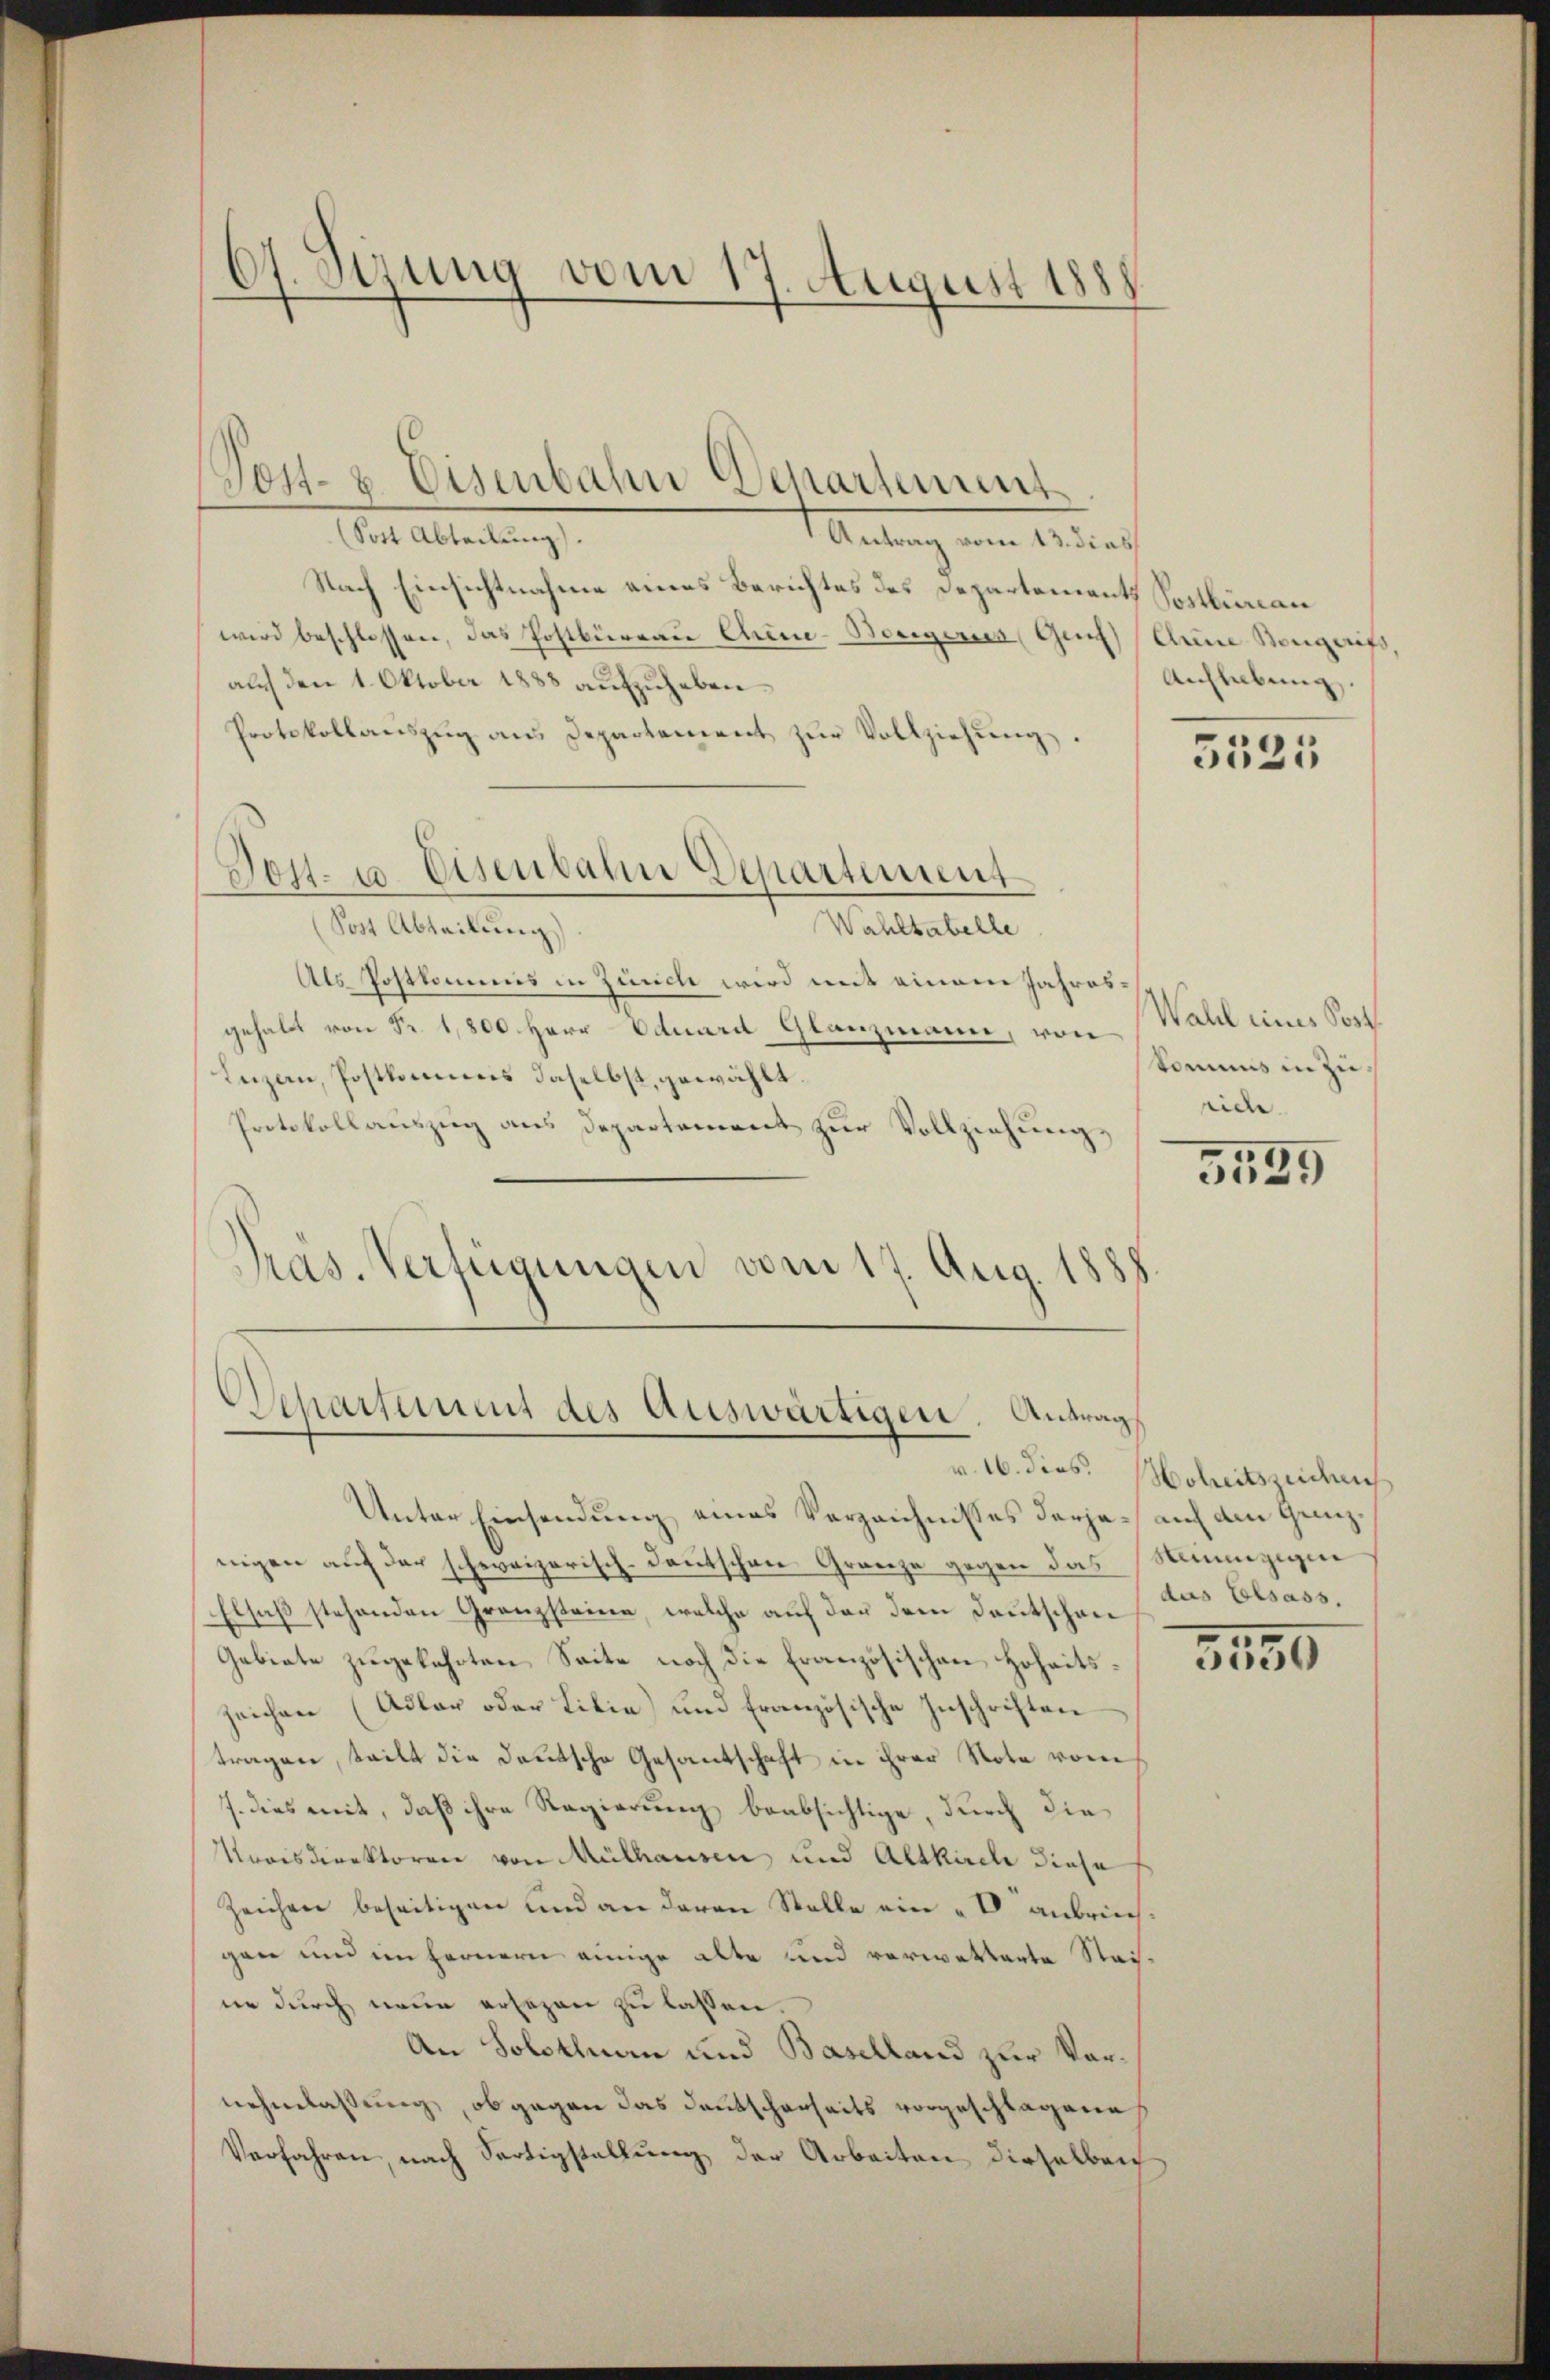
67. Sizung vom 17. August 1888

(Sott Abteilung).
Antrag vom 13. dies
Nach Einsichtnahme eines Berichtes des Departements Sostbunau
wird beschlossen, das Postbüreau Chine-Bergers Genf (Anne Songarifs,
auch den 1. Oktober 1888 aufzuheben.
Protokollaŭszŭg ans Departement zŭr Vollziehung
Wahlkabelle
(Sost Abteilung)
Als Postkommis in Zürich wird mit einem Jahresgehalt von Fr. 1,800. Herr Eduard Glanzmann, von Wald eines Soph
Inzau, Postkommnis daselbst, gewählt.
Protokollauszug aus Departement zur Vollziehung.
Präs. Verfügungen vom 17. Aug. 18

Dost- u. Eisenbahn Departement

Post- & Eisenbahn Departement

Departement des Auswärtigen. Antrag

Unter Einsendung eines Verzeichnisses derje auf den Genznigen auf der schweizerisch-deutschen Granze gegen das Munzigen
Elsaß stehenden Granzsteine, welche auf das dem Deutschen das Elsass,
Gebiete zugekehrten Seite noch die Französischen Hoheitszeichen (Adler oder Libia) und französische Inschriften
tragen, teilt die Deutsche Gesantschaft in ihrer Note vom
J. dies mit, daß ihre Regierung beabsichtige, durch die
Nooisdirektoren von Mülhausen und Altkirche diese
Zeichen beseitigen und an deren Stelle ein „V. anbriech
gan und im Fernern einige alte und verwetterte Steine durch neue ersezen zu lassen.
An Solothurn und Baselland zur Vornehmlassung, ob gegen das Deutscharseits vorgeschlagene
Verfahren, nach Fertigstellung der Arbeiten dieselben

Aufhebung

3525

tomus in Zuride

5539

v. 16. dies. Hoheitszeichens

3150